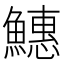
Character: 𬵪